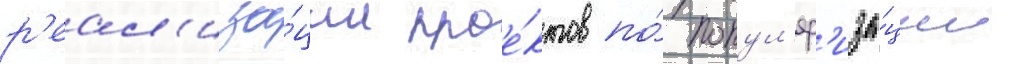
р'еал'иза́ции прое́ктов по́ попул'яр'иза́ции